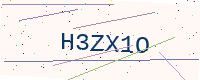
Text: H3ZX1O